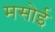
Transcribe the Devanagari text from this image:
मसोई